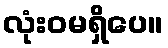
လုံးဝမရှိပေ။